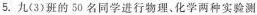
5.九(3)班的50名同学进行物理、化学两种实验测